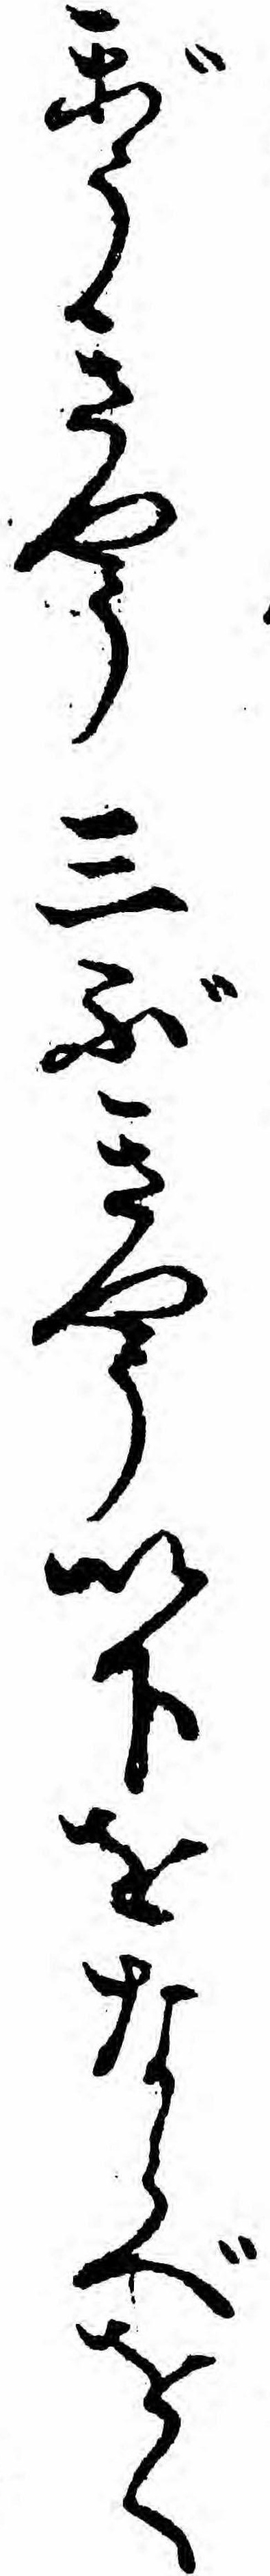
がうきやう三ぶきやう以下をならべをく